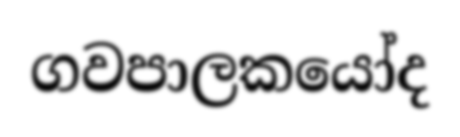
ගවපාලකයෝද